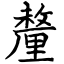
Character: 釐